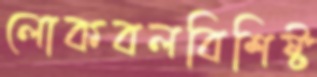
লোকবলবিশিষ্ট